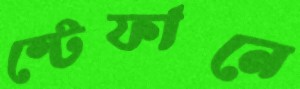
স্টেফানে